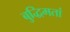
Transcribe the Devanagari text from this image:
बुद्धिमतां